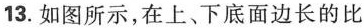
13.如图所示，在上、下底面边长的比